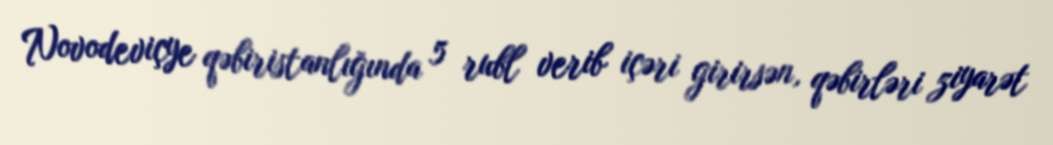
Novodeviçye qəbiristanlığında 5 rubl verib içəri girirsən, qəbirləri ziyarət